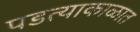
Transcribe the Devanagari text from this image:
पडत्याकाळात